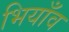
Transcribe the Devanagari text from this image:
भियाँव